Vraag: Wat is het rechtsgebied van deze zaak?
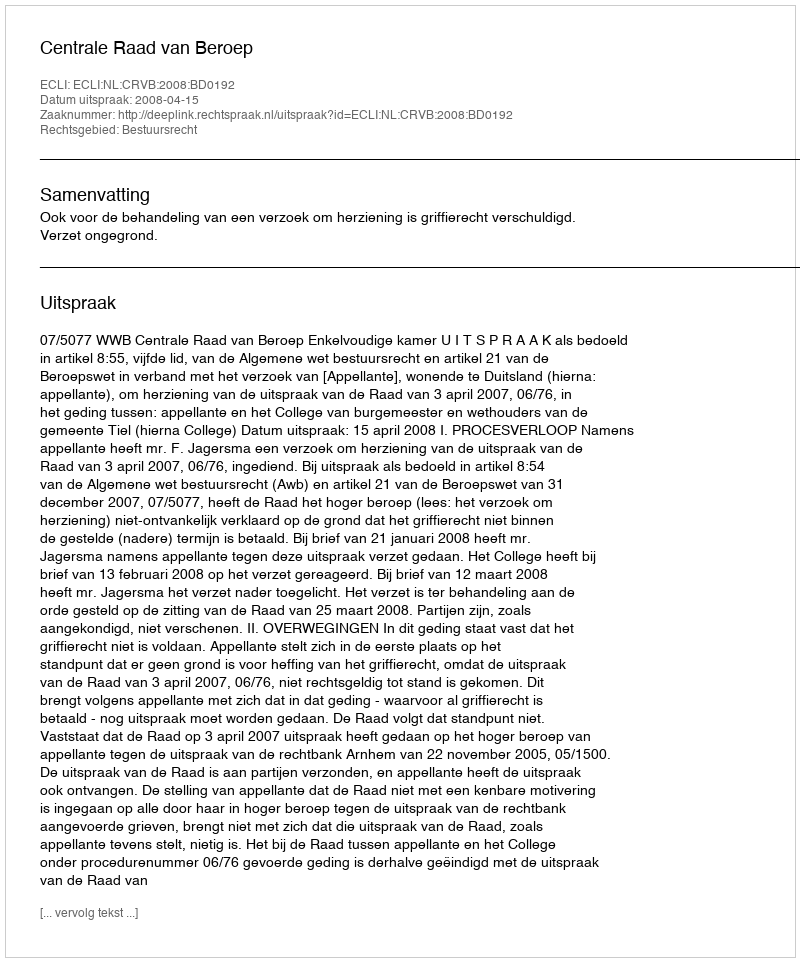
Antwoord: Bestuursrecht